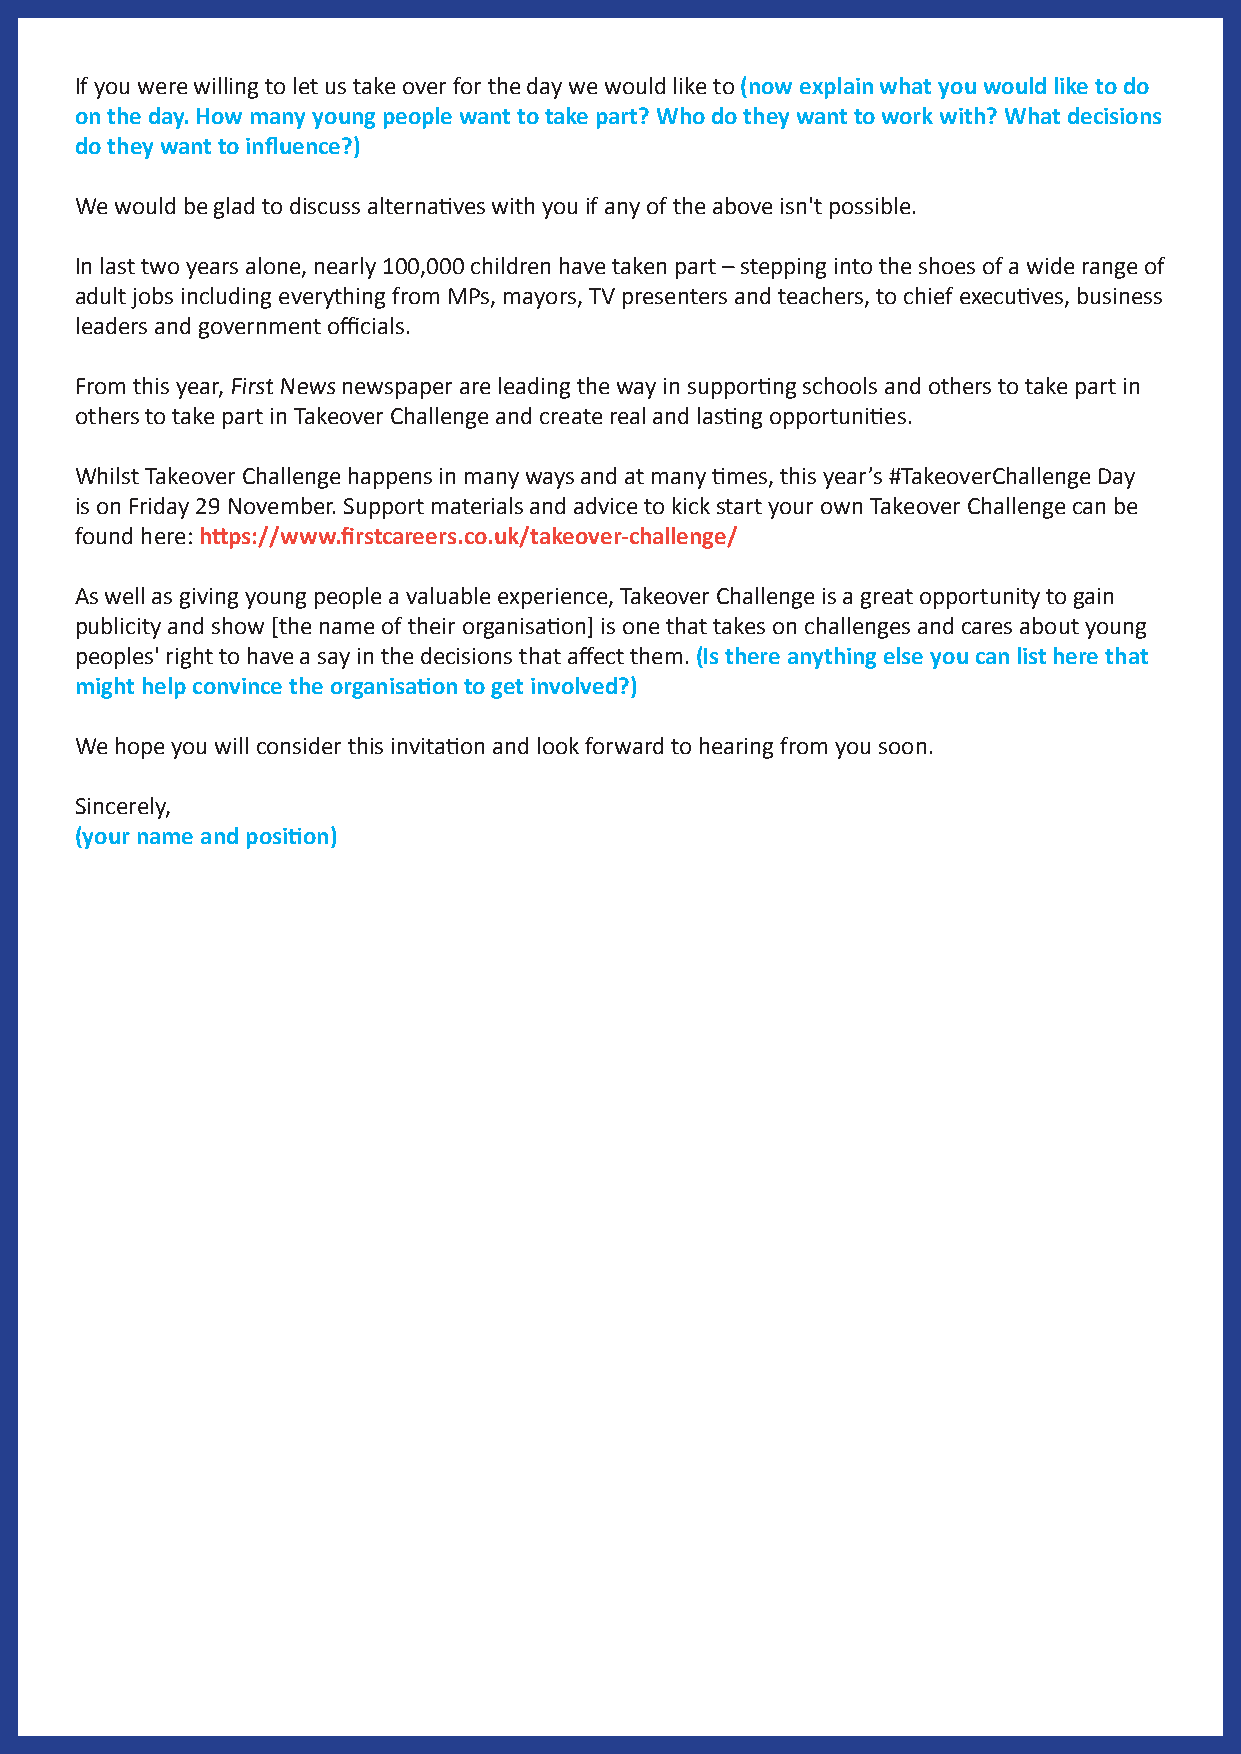
If you were willing to let us take over for the day we would like to (now explain what you would like to do
 on the day. How many young people want to take part? Who do they want to work with? What decisions
 do they want to influence?)
 We would be glad to discuss alternatives with you if any of the above isn't possible.
 In last two years alone, nearly 100,000 children have taken part – stepping into the shoes of a wide range of
 adult jobs including everything from MPs, mayors, TV presenters and teachers, to chief executives, business
 leaders and government officials.
 From this year, First News newspaper are leading the way in supporting schools and others to take part in
 others to take part in Takeover Challenge and create real and lasting opportunities.
 Whilst Takeover Challenge happens in many ways and at many times, this year’s #TakeoverChallenge Day
 is on Friday 29 November. Support materials and advice to kick start your own Takeover Challenge can be
 found here: https://www.firstcareers.co.uk/takeover-challenge/
 As well as giving young people a valuable experience, Takeover Challenge is a great opportunity to gain
 publicity and show [the name of their organisation] is one that takes on challenges and cares about young
 peoples' right to have a say in the decisions that affect them. (Is there anything else you can list here that
 might help convince the organisation to get involved?)
 We hope you will consider this invitation and look forward to hearing from you soon.
 Sincerely,
 (your name and position)